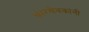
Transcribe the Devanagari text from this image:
कारसेवकांनी